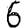
Digit: 6